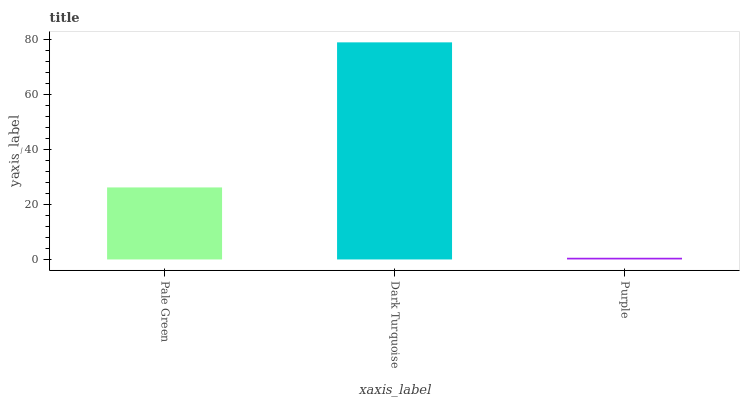
| xaxis_label | bars |
 | --- | --- |
 | Pale Green | 26.2 |
 | Dark Turquoise | 78.9 |
 | Purple | 0.62 |